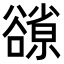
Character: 𧯊